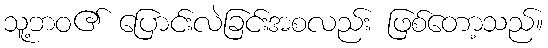
သူ့ဘဝ၏ ပြောင်းလဲခြင်းအစလည်း ဖြစ်တော့သည်။